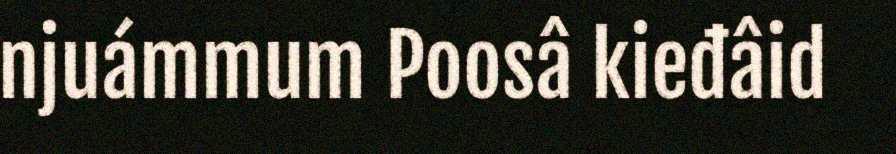
njuámmum Poosâ kieđâid